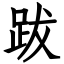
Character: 跋